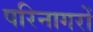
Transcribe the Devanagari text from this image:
परिनागरों